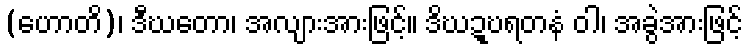
(ဟောတိ)၊ ဒီဃတော၊ အလျားအားဖြင့်။ ဒိဃဍ္ဎရတနံ ဝါ၊ အခွဲအားဖြင့်